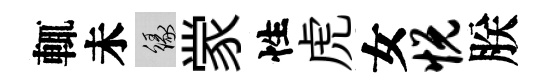
輒未緣䝉性虎女悦朕